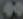
۵